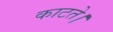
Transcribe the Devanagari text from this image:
काटते।